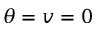
\theta = v = 0